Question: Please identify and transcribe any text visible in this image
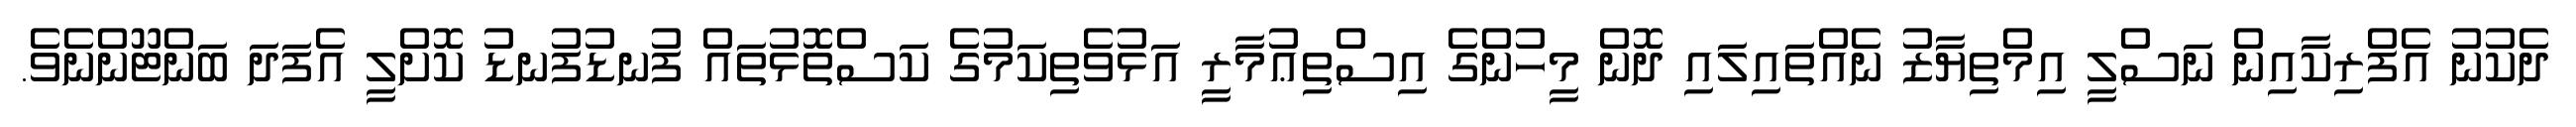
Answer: ދެކުނު އެފްރިކާއިން ނަސްލީ އިމްތިޔާޒު ނެއްތައިލައި ދޮން މީހުންގެ އިސްތިޢުމާރީ އަޅުވެތިކަމުގެ ކަސްތޮޅުތައް ފުނޑުފުނޑު ކޮށްލީ އެފަދަ ބަންޓޫންނެވެ.